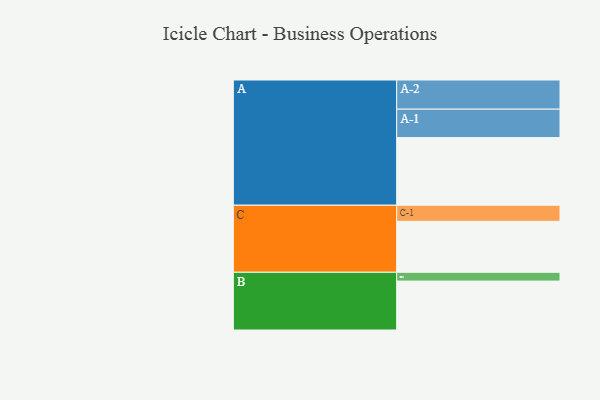
{"axis": {"x": "Segment", "y": "Value"}, "legend": ["", "A", "B", "C"], "data": [{"x": "A", "y": 462, "type": ""}, {"x": "B", "y": 334, "type": ""}, {"x": "C", "y": 348, "type": ""}, {"x": "A-1", "y": 194, "type": "A"}, {"x": "A-2", "y": 199, "type": "A"}, {"x": "B-1", "y": 60, "type": "B"}, {"x": "C-1", "y": 110, "type": "C"}]}